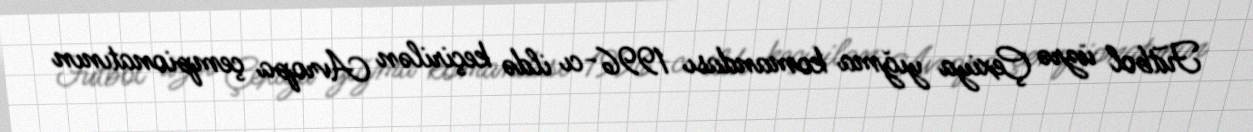
Futbol üzrə Çexiya yığma komandası 1996-cı ildə keçirilən Avropa çempionatının